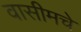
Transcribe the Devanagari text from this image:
वासीमचे